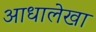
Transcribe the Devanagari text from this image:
आधालेखा